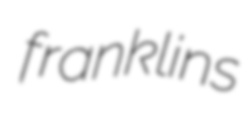
franklins